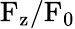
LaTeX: \mathrm{F_{z}/F_{0}}